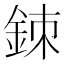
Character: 𨦉